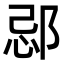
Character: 𨛑